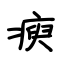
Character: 瘐